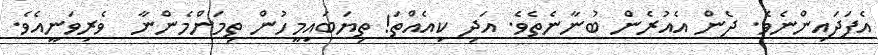
އެފަދައިންނެވެ. ދެން އެއުރެން ބުނާނެތެވެ. އަދި ކިއެއްތަ! ތިޔަބައިމީހުން ތިމަންމެންނާ  ވެރިވަނީއެވެ.